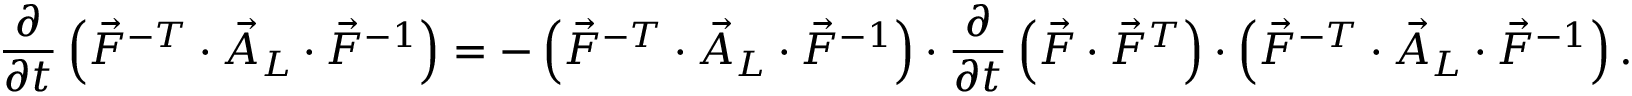
\frac { \partial } { \partial t } \left( \vec { F } ^ { - T } \cdot \vec { A } _ { L } \cdot \vec { F } ^ { - 1 } \right) = - \left( \vec { F } ^ { - T } \cdot \vec { A } _ { L } \cdot \vec { F } ^ { - 1 } \right) \cdot \frac { \partial } { \partial t } \left( \vec { F } \cdot \vec { F } ^ { T } \right) \cdot \left( \vec { F } ^ { - T } \cdot \vec { A } _ { L } \cdot \vec { F } ^ { - 1 } \right) .